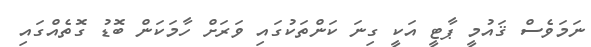
ނަމަވެސް ޤައުމީ ޕާޓީ އަކީ ގިނަ ކަންތަކުގައި ވަރަށް ހާމަކަން ބޮޑު ގޮތެއްގައި